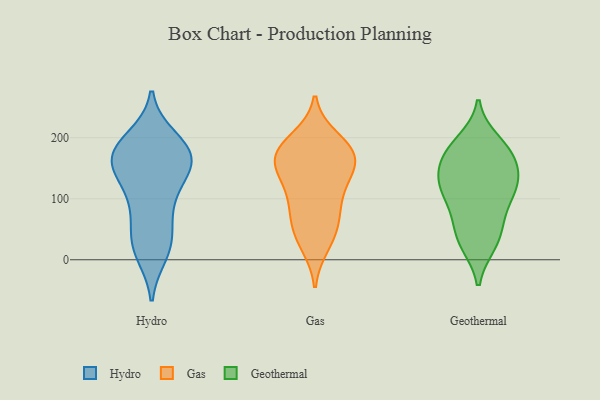
{"axis": {"x": "Production Output", "y": "Value"}, "legend": ["Gas", "Geothermal", "Hydro"], "data": [{"x": "", "y": 11, "type": "Hydro"}, {"x": "", "y": 156, "type": "Hydro"}, {"x": "", "y": 162, "type": "Hydro"}, {"x": "", "y": 187, "type": "Hydro"}, {"x": "", "y": 178, "type": "Hydro"}, {"x": "", "y": 150, "type": "Hydro"}, {"x": "", "y": 182, "type": "Hydro"}, {"x": "", "y": 38, "type": "Hydro"}, {"x": "", "y": 138, "type": "Hydro"}, {"x": "", "y": 198, "type": "Hydro"}, {"x": "", "y": 24, "type": "Hydro"}, {"x": "", "y": 74, "type": "Hydro"}, {"x": "", "y": 22, "type": "Hydro"}, {"x": "", "y": 174, "type": "Hydro"}, {"x": "", "y": 104, "type": "Hydro"}, {"x": "", "y": 97, "type": "Hydro"}, {"x": "", "y": 158, "type": "Hydro"}, {"x": "", "y": 33, "type": "Gas"}, {"x": "", "y": 162, "type": "Gas"}, {"x": "", "y": 77, "type": "Gas"}, {"x": "", "y": 199, "type": "Gas"}, {"x": "", "y": 154, "type": "Gas"}, {"x": "", "y": 139, "type": "Gas"}, {"x": "", "y": 191, "type": "Gas"}, {"x": "", "y": 116, "type": "Gas"}, {"x": "", "y": 177, "type": "Gas"}, {"x": "", "y": 174, "type": "Gas"}, {"x": "", "y": 95, "type": "Gas"}, {"x": "", "y": 162, "type": "Gas"}, {"x": "", "y": 68, "type": "Gas"}, {"x": "", "y": 178, "type": "Gas"}, {"x": "", "y": 24, "type": "Gas"}, {"x": "", "y": 127, "type": "Gas"}, {"x": "", "y": 53, "type": "Gas"}, {"x": "", "y": 45, "type": "Geothermal"}, {"x": "", "y": 26, "type": "Geothermal"}, {"x": "", "y": 84, "type": "Geothermal"}, {"x": "", "y": 26, "type": "Geothermal"}, {"x": "", "y": 182, "type": "Geothermal"}, {"x": "", "y": 176, "type": "Geothermal"}, {"x": "", "y": 118, "type": "Geothermal"}, {"x": "", "y": 127, "type": "Geothermal"}, {"x": "", "y": 135, "type": "Geothermal"}, {"x": "", "y": 160, "type": "Geothermal"}, {"x": "", "y": 110, "type": "Geothermal"}, {"x": "", "y": 59, "type": "Geothermal"}, {"x": "", "y": 194, "type": "Geothermal"}, {"x": "", "y": 107, "type": "Geothermal"}, {"x": "", "y": 141, "type": "Geothermal"}, {"x": "", "y": 175, "type": "Geothermal"}]}